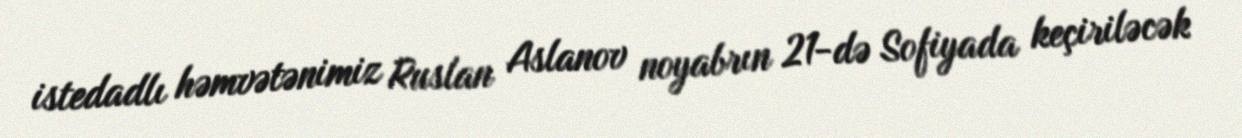
istedadlı həmvətənimiz Ruslan Aslanov noyabrın 21-də Sofiyada keçiriləcək